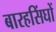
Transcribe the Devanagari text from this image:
बारहसिंघों